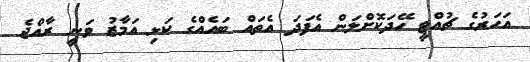
އަހަރުގެ ޗުއްޓީ ހޭދަކޮށްލަން އެފަދަ އެތައް ބައެއްގެ ކަޅި އަމާޒު ވަނީ ރާއްޖެ